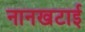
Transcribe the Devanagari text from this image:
नानखटाई